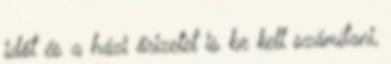
időt és a házi őrizetet is be kell számítani,